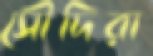
সৌদিরা